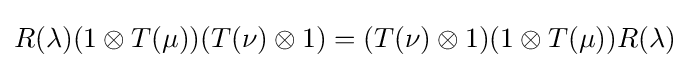
R(\lambda )(1\otimes T(\mu ))(T(\nu )\otimes 1)=(T(\nu )\otimes 1)(1\otimes T(\mu ))R(\lambda )